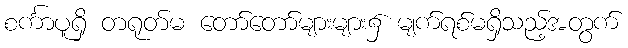
စင်္ကာပူရှိ တရုတ်မ တော်တော်များများ၌ မျက်ရစ်မရှိသည့်အတွက်